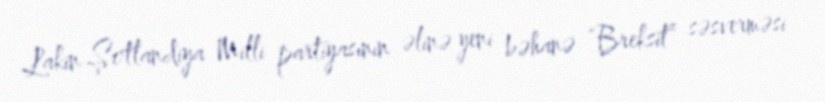
Lakin Şotlandiya Milli partiyasının əlinə yeni bəhanə “Breksit” səsverməsi